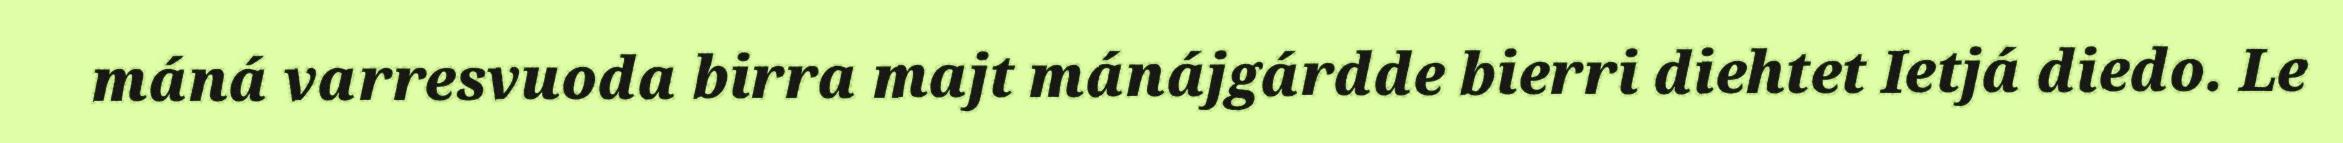
máná varresvuoda birra majt mánájgárdde bierri diehtet Ietjá diedo. Le